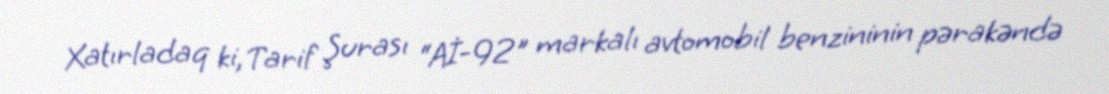
Xatırladaq ki, Tarif Şurası “Aİ-92" markalı avtomobil benzininin pərakəndə